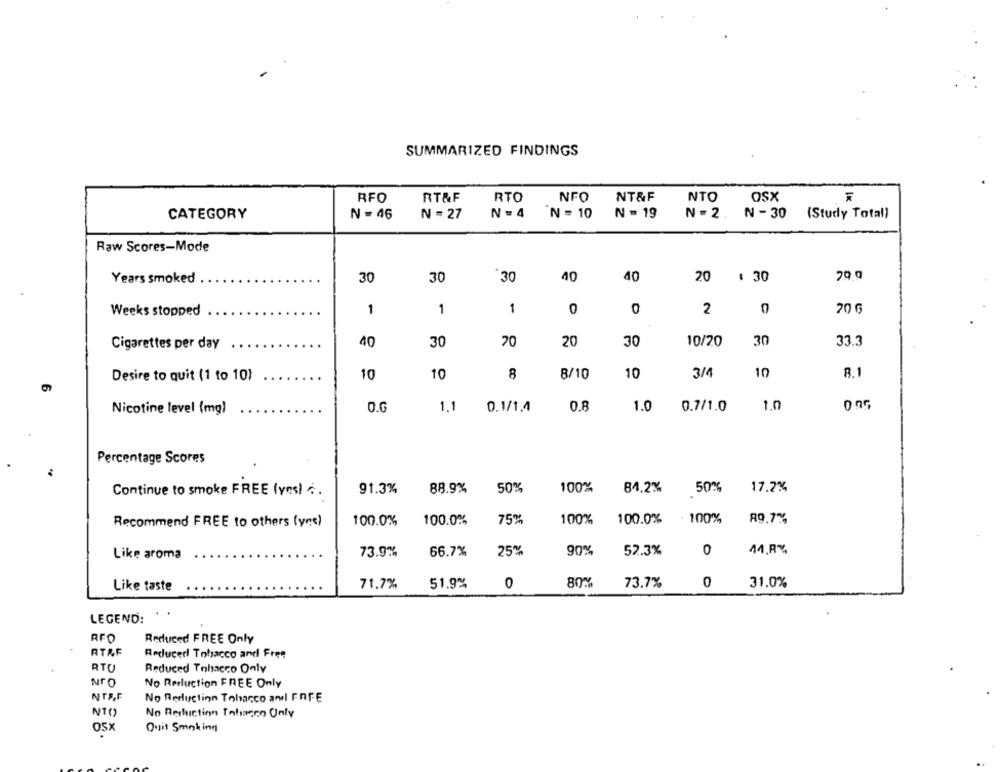
SUMMARIZED FINDINGS
RFO
RT&F
RTC
NFO
NT&F
NTO
OSX
CATEGORY
N = 46
N = 27
N=4
'N = 10
N = 19
N =2. N- 30
(Study Total)
Raw Scores-Mode
30
30
30
40
40
20 : 30
Years smoked
1
0
2
20 G
Weeks stopped
1
1
Cigarettes per day
40
30
20
20
30
10/20
30
33.3
Desire to quit (1 to 10)
10
10
8
8/10
10
3/4
10
8.1
O.G
1.1
0.1/1.4
0.8
1.0
0.7/1.0
1.0
Nicotine level (mg)
Percentage Scores
Continue to smoke FREE (yes) .
91.3%
88.9%
50%
100%
84,2%
50%
17.2%
Recommend FREE to others (yne)
100.0%
100.0%%
75%
100%
100.0%
100%
89.7%
Like aroma
73.9%%
66.7%
25%
90%
52.3%
0
11.RY
Like taste
71.7%
51.9%
0
80%
73.7%
0
31.0%
LEGEND:
RFO
Reduced FREE Only
RTAF
Reducedl Tobacco and Free
RTU
Reduced Tobacco Only
NrO
No Rerluction FREE Only
NTFF
No Reduction Tobacco and FAFE
NT()
No Rerhuiction Tabacco Only
Quit Smoking
OSX